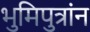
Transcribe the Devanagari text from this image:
भुमिपुत्रांन